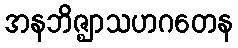
အနဘိဇ္ဈာသဟဂတေန